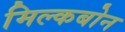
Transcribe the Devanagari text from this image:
मिल्कबोन